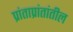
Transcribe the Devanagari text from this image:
प्रांताप्रांतांतील